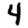
Digit: 4